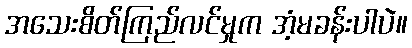
အသေးစိတ်ကြည်လင်မှုက အံ့မခန်းပါပဲ။